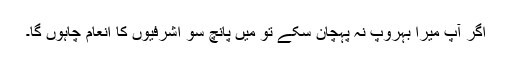
اگر آپ میرا بہروپ نہ پہچان سکے تو میں پانچ سو اشرفیوں کا انعام چاہوں گا۔